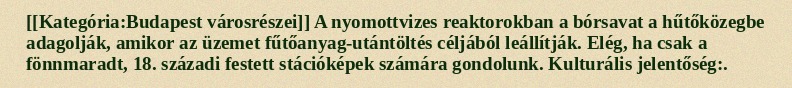
[[Kategória:Budapest városrészei]] A nyomottvizes reaktorokban a bórsavat a hűtőközegbe adagolják, amikor az üzemet fűtőanyag-utántöltés céljából leállítják. Elég, ha csak a fönnmaradt, 18. századi festett stációképek számára gondolunk. Kulturális jelentőség:.